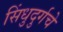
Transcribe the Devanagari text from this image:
सिंधुदुर्गचे